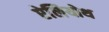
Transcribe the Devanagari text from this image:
ऐलियोथ